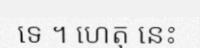
ទេ ។ ហេតុ នេះ